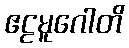
ဧဠမူဂေါတိ